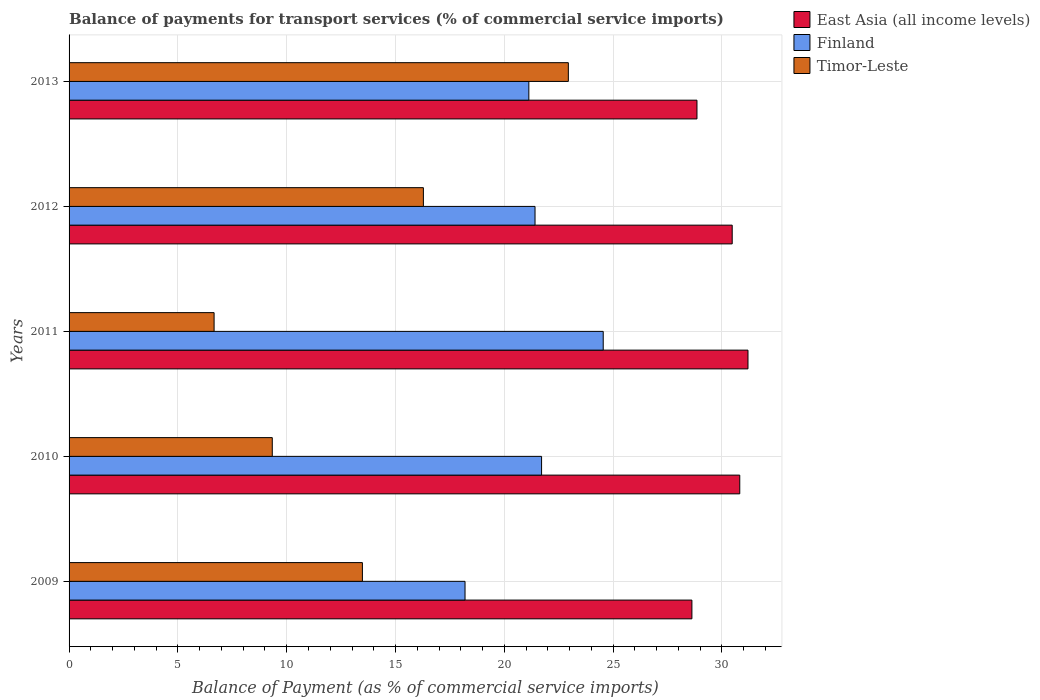
| Years | East Asia (all income levels) | Finland | Timor-Leste |
 | --- | --- | --- | --- |
 | 2009 | 28.6 | 18.2 | 13.5 |
 | 2010 | 30.8 | 21.7 | 9.34 |
 | 2011 | 31.2 | 24.5 | 6.66 |
 | 2012 | 30.5 | 21.4 | 16.3 |
 | 2013 | 28.9 | 21.1 | 22.9 |